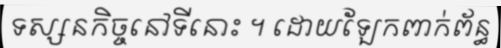
ទស្សនកិច្ចនៅទីនោះ ។ ដោយឡែកពាក់ព័ន្ធ